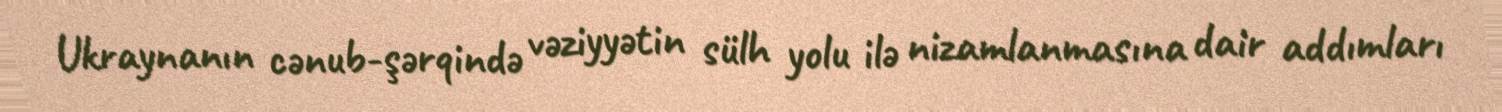
Ukraynanın cənub-şərqində vəziyyətin sülh yolu ilə nizamlanmasına dair addımları